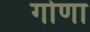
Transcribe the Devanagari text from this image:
गोणा